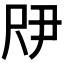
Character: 𫵗